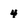
Character: 4